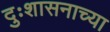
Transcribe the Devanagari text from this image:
दुःशासनाच्या